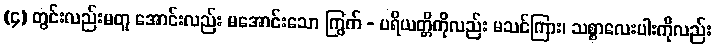
(၄) တွင်းလည်းမတူ အောင်းလည်း မအောင်းသော ကြွက် - ပရိယတ္တိကိုလည်း မသင်ကြား၊ သစ္စာလေးပါးကိုလည်း